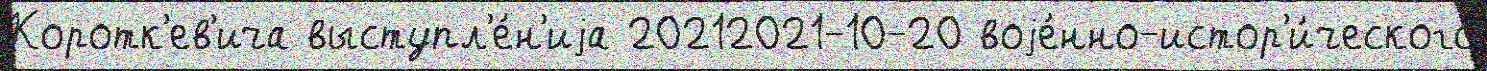
Коротк'ев'ича выступл'е́н'иjа 20212021-10-20 воjе́нно-истор'и́ческого